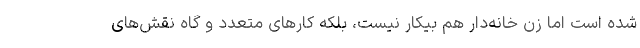
شده است اما زن خانه‌دار هم بیکار نیست، بلکه کارهای متعدد و گاه نقش‌های